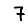
Digit: 7